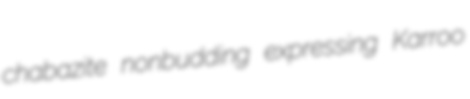
chabazite nonbudding expressing Karroo